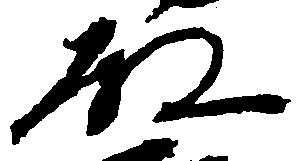
殿